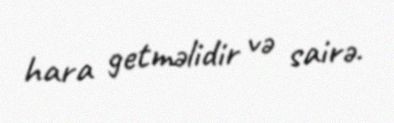
hara getməlidir və sairə.